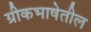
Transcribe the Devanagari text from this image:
ग्रीकभाषेतील